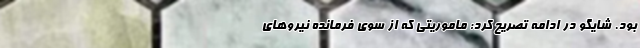
بود. شایگو در ادامه تصریح کرد: ماموریتی که از سوی فرمانده نیروهای